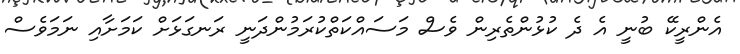
އެންރީކޭ ބުނީ އެ ދެ ކުޅުންތެރިން ވެސް މަސައްކަތްކުރަމުންދަނީ ރަނގަޅަށް ކަމަށާއި ނަމަވެސް